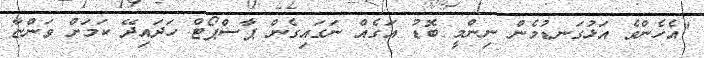
"އެހެންވެ އަޅުގަނޑުމެން ނިންމީ ބޮޑު އަގެއް ނަގައިގެން ޕާސްޕޯޓް ހަދައިދޭ ކަމަށް ވަންޏާ